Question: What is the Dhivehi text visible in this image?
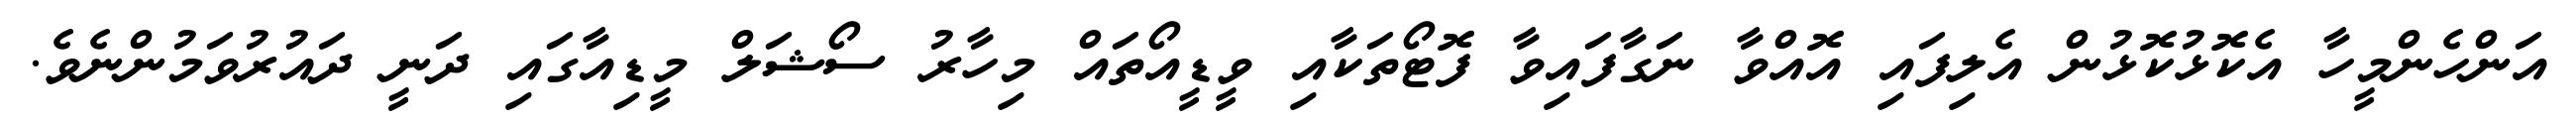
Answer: އަންހެންމީހާ އެކޮޅުކޮޅުން އެލިފައި އޮއްވާ ނަގާފައިވާ ފޮޓޯތަކާއި ވީޑީއޯތައް މިހާރު ސޯޝަލް މީޑިއާގައި ދަނީ ދައުރުވަމުންނެވެ.